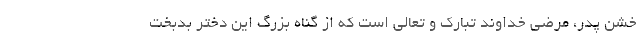
خشن پدر، مرضی خداوند تبارک و تعالی است که از گناه بزرگ این دختر بدبخت